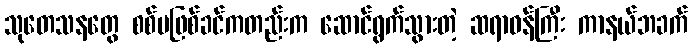
သုတေသနတွေ စစ်မဖြစ်ခင်ကတည်းက ဆောင်ရွက်သွားတဲ့ ဆရာဝန်ကြီး ကာနယ်ဘခက်